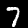
Label: 7